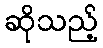
ဆိုသည့်